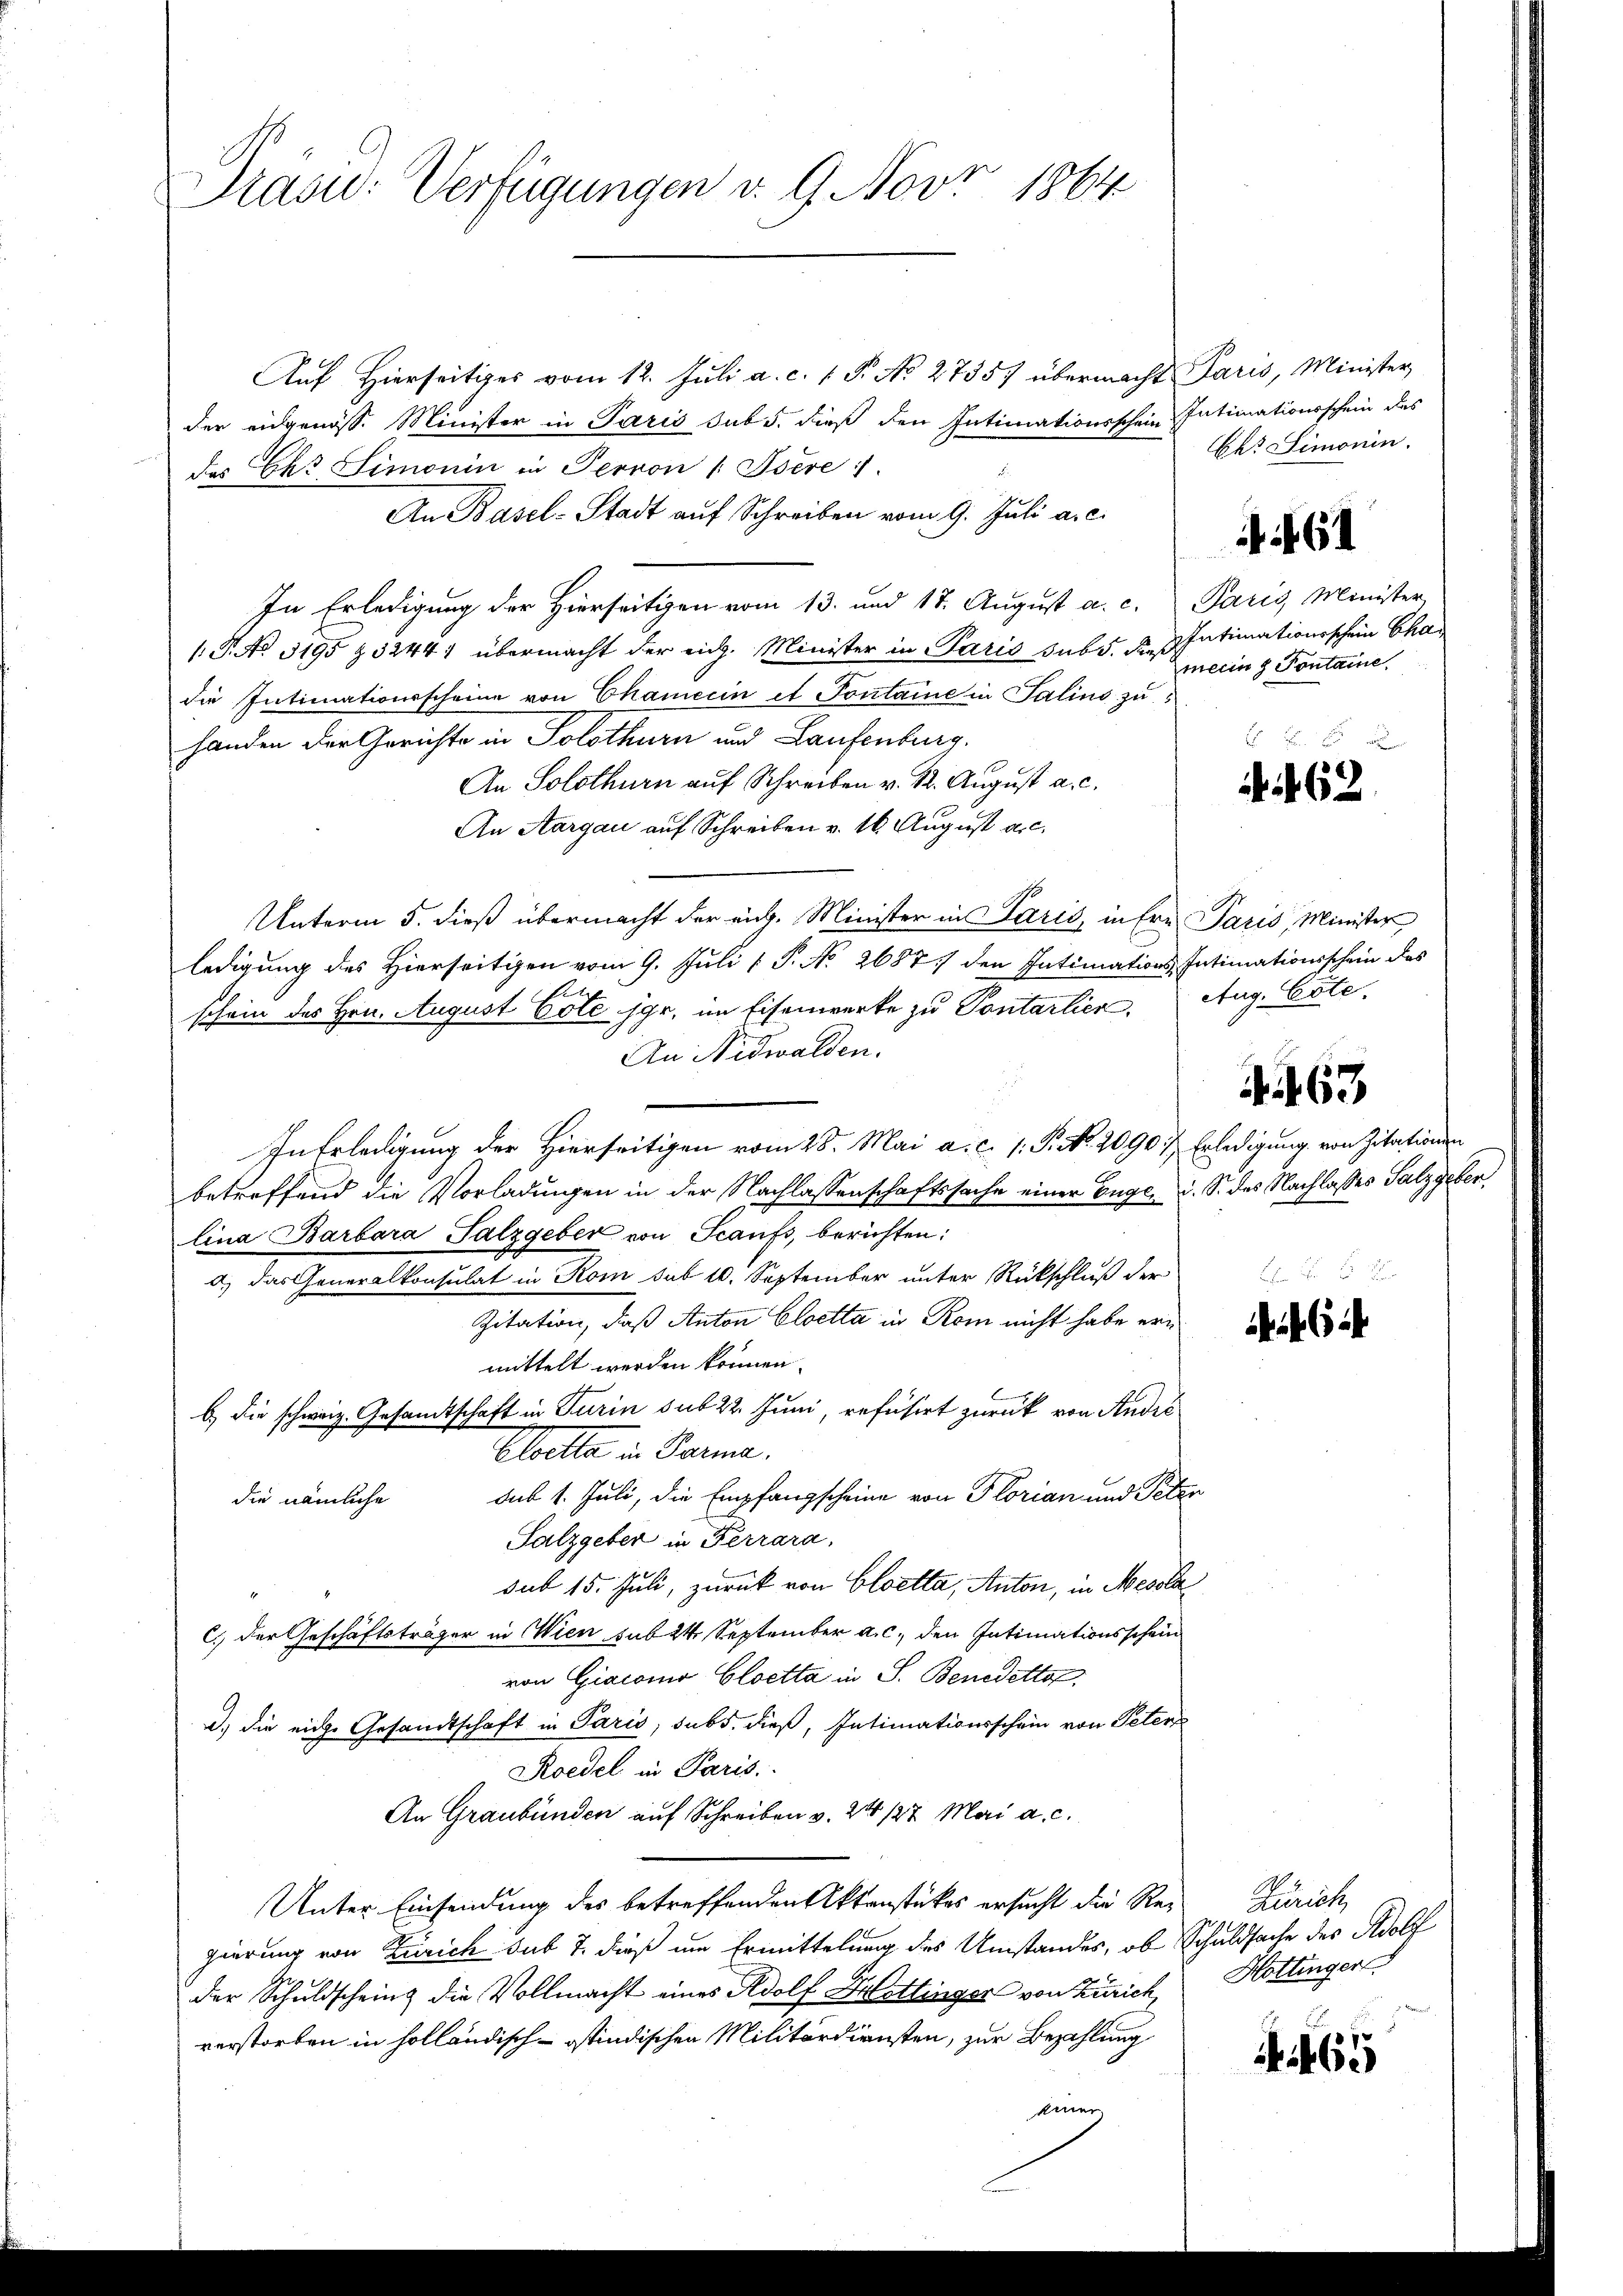
Präsid: Verfügungen v. 9. Novr 1864

Auf hierseitiges vom 12. Juli a. c. 1 P. No. 27357 übermacht Paris, Minister
der eidgenöss. Minister in Paris sub 5. dieß den Intimationsschein Intimationsschein des
das Ges. Simonin in Perron [Isére
An Basel-Stadt auf Schreiben vom 9. Juli a.c.
In Erledigung der Hierseitigen vom 13. und 17. August a. c. Paris Minister,
1: P. No. 3195 § 32444 übermacht der eich. Minister in Paris sub d. des Intimationsschein Chadie Intimationsscheine von Chamerin et Pontaine in Salins zu
handen der Gerichte in Solothurn und Laufenburg.
An Solothurn auf Schreiben v. 12. August a. c.
An Aargau auf Schreiben v. 16. August a.c.
Unterm 5. dieß übermacht der rich. Minister in Paris, in Ern Paris, Minister
ledigung des Hierseitigen vom 9. Juli 1 S. No 2687) den Intimations Intimationsschein des
E
schein des Hrn. August Cote jgr. im Eisenwerke zu Pontartier. Aug. Este
An Nidwalden.
In Erledigung der Hierseitigen vom 28. Mai a. c. 1. P. Nr. 2090 :/ Erledigung von Zitationen
betreffend die Vorladungen in der Nachlassenschaftssache einer Begl. d. S. des Nachlasses Salzgeben,
lina Barbara Salzgeber von Scaufs, berichten:
d) das Generalkonsulat in Rom sub 10. September unter Rückschluß der
Zitation, daß Anton Cloetta in Rom nicht habe ern
mittelt werden können.
b.) die schweiz. Gesandtschaft in Turin sub 22. Juni, refusert zurück von Andre
Cloetta in Parme.
die nämliche Sub 1. Juli, die Empfangscheine von Florian und Peter
Salzgeber in Ferrara,
sub 15. Juli, zurück von Cloetta, Anton, in Mesola
C.) Der Geschäftsträger in Wien sub 24 September a. c. den Intimationsschein
von Giacomo Cloetta in S. Benedetto.
d.) die eiche Gesandtschaft in Paris, subs. dieß, Intimationsschein von Peter
Roedel in Paris.
An Graubünden auf Schreiben v. 24. 127. Mai a. c.
Unter Einsendung des betreffenden Aktenstückes ersucht die Re-Zürich,
gierung von Zürich sub 7. dieß um Ermittelung des Umstandes, ob Schuldsache des Adolf
der Schuldschein die Vollmacht eines Adolf Hettinger von Zürich Hottinger
verstorben in holländisch-ostindischen Militärdiensten, zur Bezahlung
einer

Okt. Simonin.
meiin 8 Pontaire,
 xx

61

462

463

6